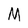
Character: M